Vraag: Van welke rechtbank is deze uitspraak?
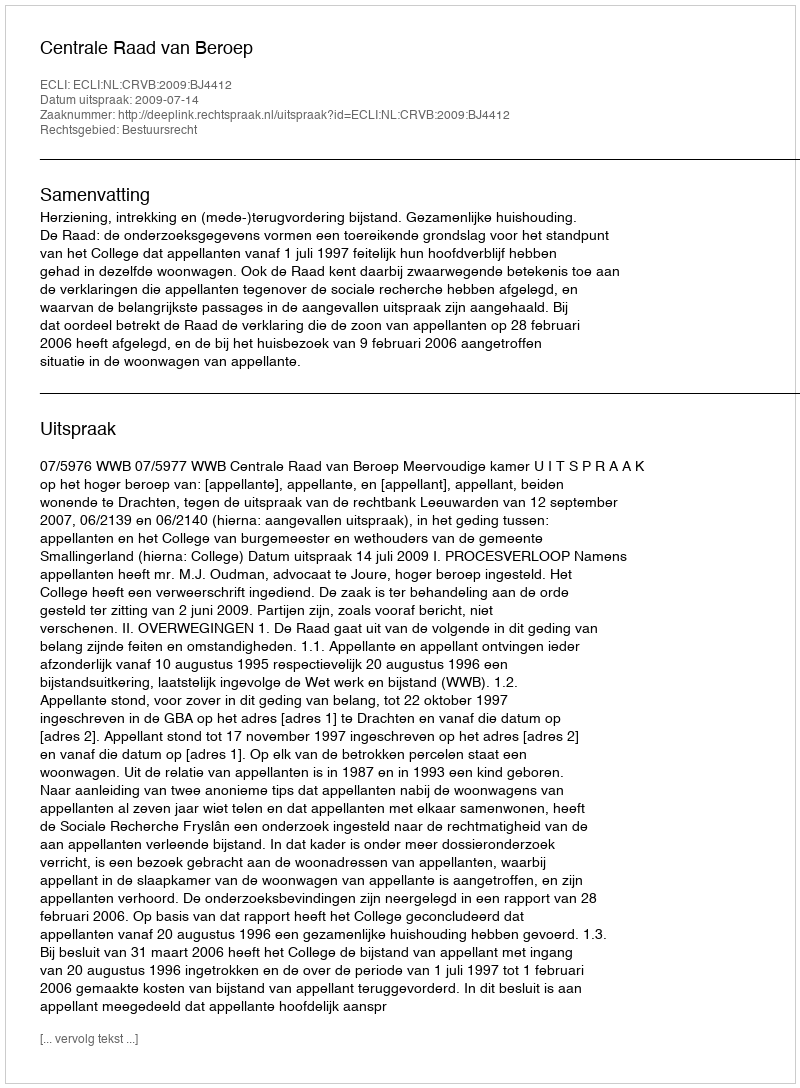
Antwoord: Centrale Raad van Beroep